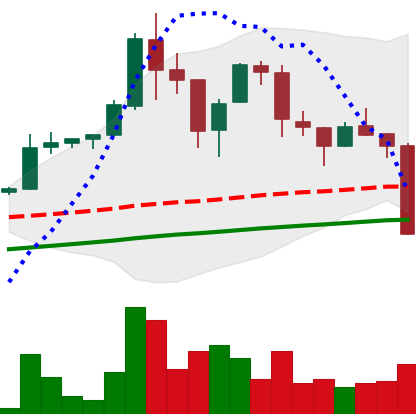
Ticker: LTC-USD
Chart end date: 2017-09-14
Forward return: 27.054%
Label: up_7plus